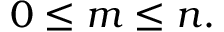
0 \leq m \leq n .